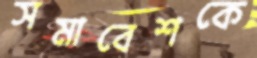
সমাবেশকে